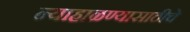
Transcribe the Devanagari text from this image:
न्याहाळण्यासाठीचे